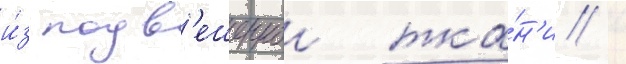
и́з подв'ешеннои тка́н'и /